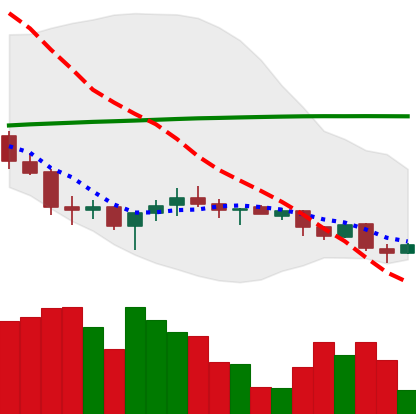
Ticker: XMR-USD
Chart end date: 2018-03-31
Forward return: -3.481%
Label: down_3_5